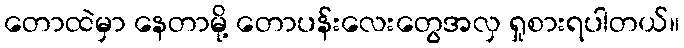
တောထဲမှာ နေတာမို့ တောပန်းလေးတွေအလှ ရှုစားရပါတယ်။